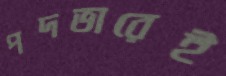
পদভারেই